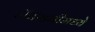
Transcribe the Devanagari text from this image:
ॲकॅडमीमध्ये